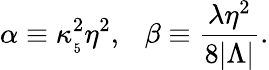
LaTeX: \alpha\equiv\kappa_{_5}^{2}\eta^{2},\ \ \ \beta\equiv\frac{\lambda\eta^{2}}{8|\Lambda|}.